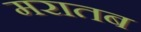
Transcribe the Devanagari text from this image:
मरातब